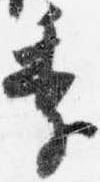
季